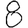
Digit: 8